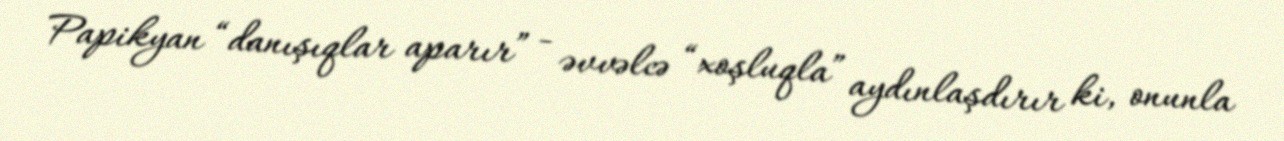
Papikyan “danışıqlar aparır” - əvvəlcə “xoşluqla” aydınlaşdırır ki, onunla